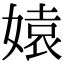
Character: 媴